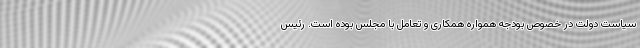
سیاست دولت در خصوص بودجه همواره همکاری و تعامل با مجلس بوده است. رئیس